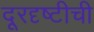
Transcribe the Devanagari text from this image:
दूरदृष्टीची